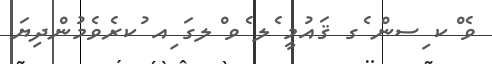
ވެ ްކ ިސން ެގ ޤައުމީ ެލ ެވ ްލގަ ިއ ުކރެވެމުންދިޔަ